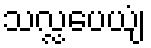
သလ္လပေယျံ